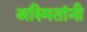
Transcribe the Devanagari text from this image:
अस्मितांनी